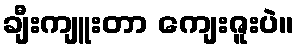
ချီးကျူးတာ ကျေးဇူးပဲ။